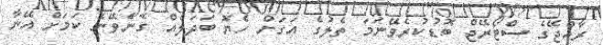
ރާއްޖޭގެ ސްޓޯރޭޖް ބޮޑުކުރެވޭނަމަ ތެލުގެ އަގަށް ހެޔޮ ބަދަލެއް ގެނެވޭނެ ކަމަށް އޭނާ